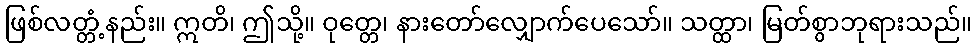
ဖြစ်လတ္တံ့နည်း။ ဣတိ၊ ဤသို့။ ဝုတ္တေ၊ နားတော်လျှောက်ပေသော်။ သတ္ထာ၊ မြတ်စွာဘုရားသည်။